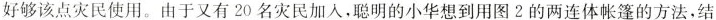
好够该点灾民使用。由于又有20名灾民加人，聪明的小华想到用图2的两连体帐篷的方法，结